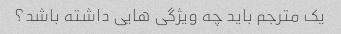
یک مترجم باید چه ویژگی هایی داشته باشد؟